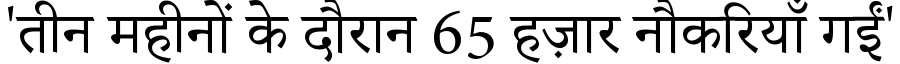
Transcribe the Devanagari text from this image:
'तीन महीनों के दौरान 65 हज़ार नौकरियाँ गईं'